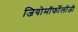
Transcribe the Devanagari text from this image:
जियोमॉर्फोलॉजी